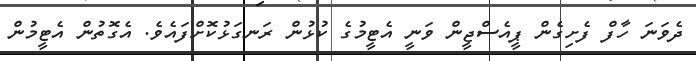
ދެވަނަ ހާފް ފެށިގެން ޕީއެސްޖީން ވަނީ އެޓީމުގެ ކުޅުން ރަނގަޅުކޮށްފައެވެ. އެގޮތުން އެޓީމުން